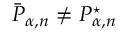
\bar { P } _ { \alpha , n } \neq P _ { \alpha , n } ^ { \star }